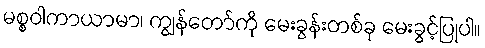
မစ္စဝါကာယာမာ၊ ကျွန်တော်ကို မေးခွန်းတစ်ခု မေးခွင့်ပြုပါ။